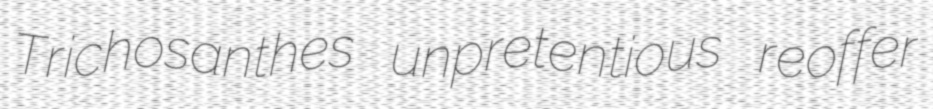
Trichosanthes unpretentious reoffer